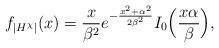
LaTeX: \begin{align*} f_{|H^\chi|}(x)=\frac{x}{\beta^2}e^{-\frac{x^2+\alpha^2}{2\beta^2}}I_0\Big(\frac{x\alpha}{\beta}\Big), \end{align*}